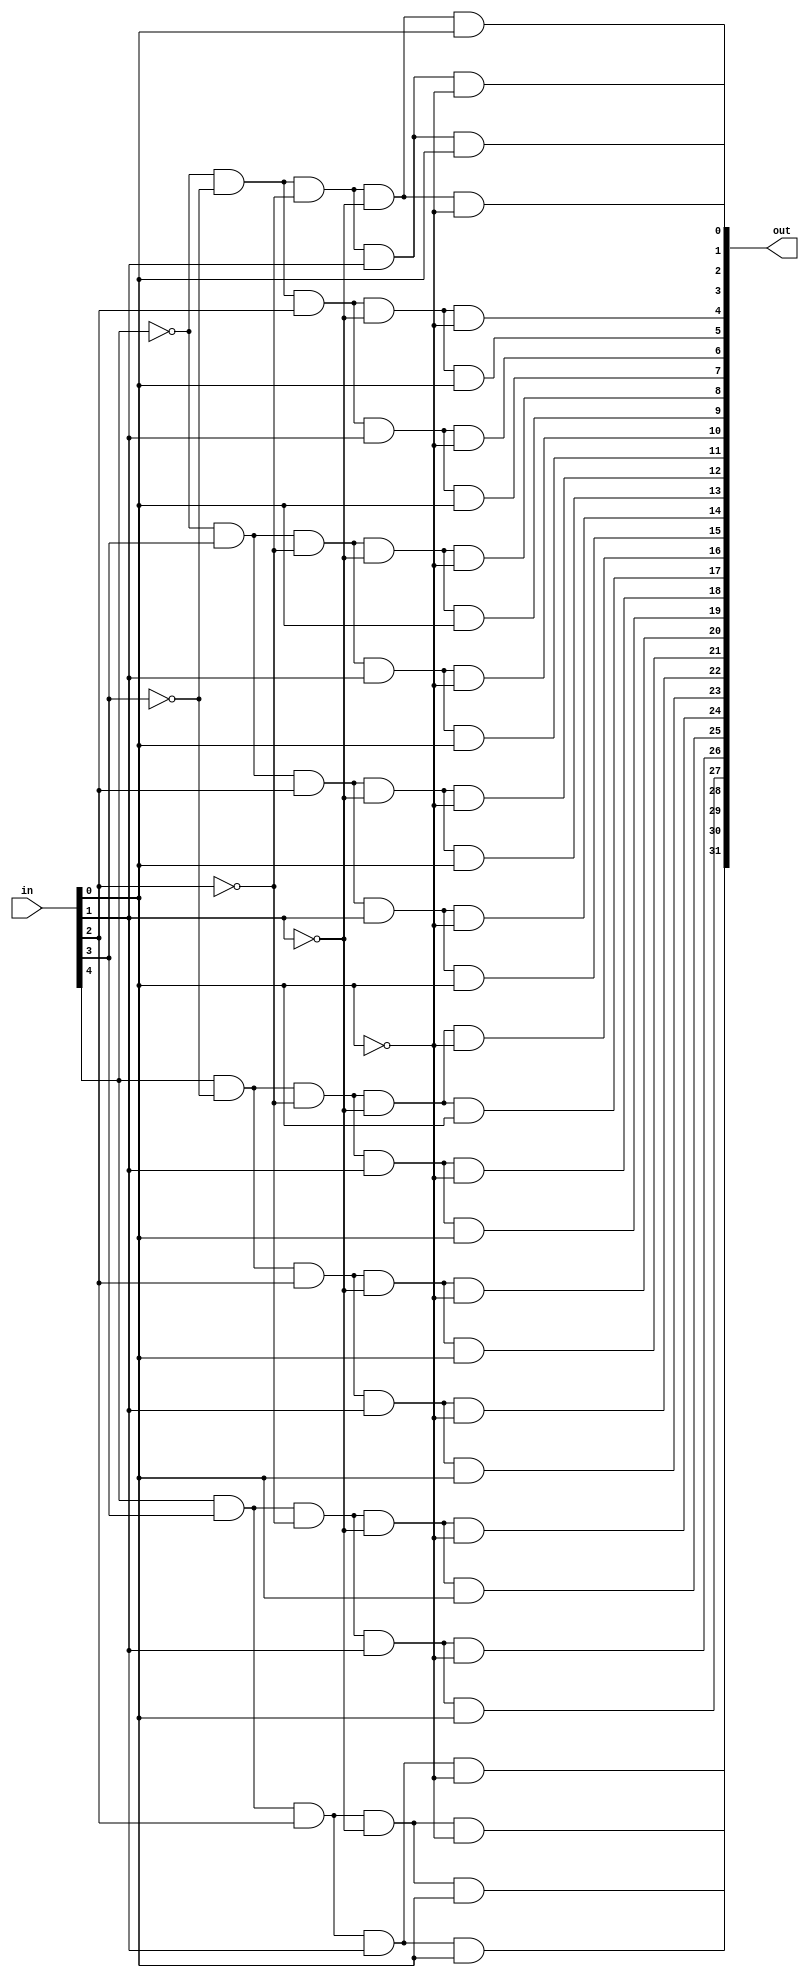
//32 bit decoder

module decoder32(in,out);

	input [4:0] in;
	output [31:0] out;
	
	wire na,nb,nc,nd,ne,a,b,c,d,e;
	
	buf aa(a, in[4]);
	buf bb(b, in[3]);
	buf cc(c, in[2]);
	buf dd(d, in[1]);
	buf ee(e, in[0]);
	
	not nota(na, in[4]);
	not notb(nb, in[3]);
	not notc(nc, in[2]);
	not notd(nd, in[1]);
	not note(ne, in[0]);
	
	and a0(out[0],na,nb,nc,nd,ne);
	and a1(out[1],na,nb,nc,nd,e);
	and a2(out[2],na,nb,nc,d,ne);
	and a3(out[3],na,nb,nc,d,e);
	and a4(out[4],na,nb,c,nd,ne);
	and a5(out[5],na,nb,c,nd,e);
	and a6(out[6],na,nb,c,d,ne);
	and a7(out[7],na,nb,c,d,e);
	and a8(out[8],na,b,nc,nd,ne);
	and a9(out[9],na,b,nc,nd,e);
	and a10(out[10],na,b,nc,d,ne);
	and a11(out[11],na,b,nc,d,e);
	and a12(out[12],na,b,c,nd,ne);
	and a13(out[13],na,b,c,nd,e);
	and a14(out[14],na,b,c,d,ne);
	and a15(out[15],na,b,c,d,e);
	and a16(out[16],a,nb,nc,nd,ne);
	and a17(out[17],a,nb,nc,nd,e);
	and a18(out[18],a,nb,nc,d,ne);
	and a19(out[19],a,nb,nc,d,e);
	and a20(out[20],a,nb,c,nd,ne);
	and a21(out[21],a,nb,c,nd,e);
	and a22(out[22],a,nb,c,d,ne);
	and a23(out[23],a,nb,c,d,e);
	and a24(out[24],a,b,nc,nd,ne);
	and a25(out[25],a,b,nc,nd,e);
	and a26(out[26],a,b,nc,d,ne);
	and a27(out[27],a,b,nc,d,e);
	and a28(out[28],a,b,c,nd,ne);
	and a29(out[29],a,b,c,nd,e);
	and a30(out[30],a,b,c,d,ne);
	and a31(out[31],a,b,c,d,e);

endmodule